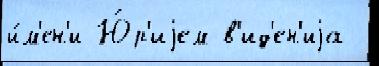
и́м'ен'и Ю́р'иjем в'ид'ен'иjа